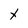
Character: x